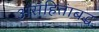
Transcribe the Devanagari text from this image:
असंहिताबद्ध